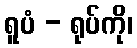
ရူပံ - ရုပ်ကို၊